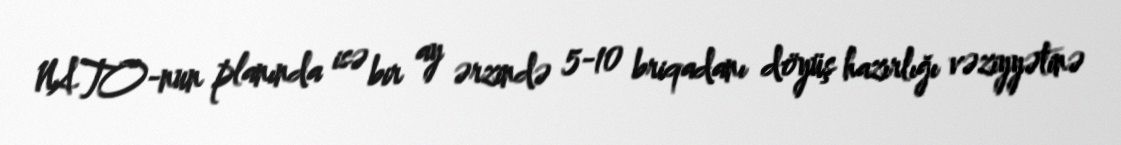
NATO-nun planında isə bir ay ərzində 5-10 briqadanı döyüş hazırlığı vəziyyətinə